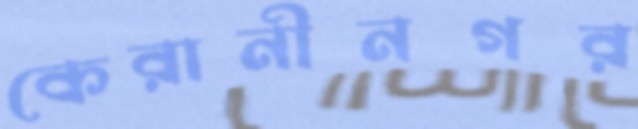
কেরানীনগর